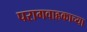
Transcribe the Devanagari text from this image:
परागवाहकाच्या